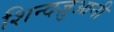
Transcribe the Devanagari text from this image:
शिन्दज़ुआनी